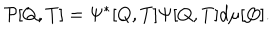
{ \cal P } [ Q , T ] = \Psi ^ { * } [ Q , T ] \Psi [ Q , T ] d \mu [ Q ] .